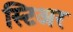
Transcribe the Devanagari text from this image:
स्टिअर